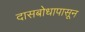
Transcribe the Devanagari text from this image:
दासबोधापासून